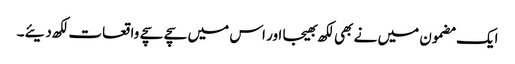
ایک مضمون میں نے بھی لکھ بھیجا اور اس میں سچے سچے واقعات لکھ دیئے۔